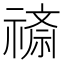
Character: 𬓖